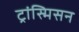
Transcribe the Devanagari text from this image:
ट्रांस्मिसन